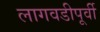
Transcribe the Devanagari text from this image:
लागवडीपूर्वी